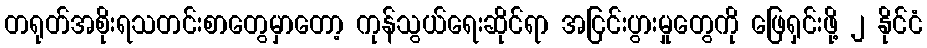
တရုတ်အစိုးရသတင်းစာတွေမှာတော့ ကုန်သွယ်ရေးဆိုင်ရာ အငြင်းပွားမှုတွေကို ဖြေရှင်းဖို့ ၂ နိုင်ငံ